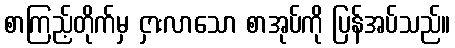
စာကြည့်တိုက်မှ ငှားလာသော စာအုပ်ကို ပြန်အပ်သည်။